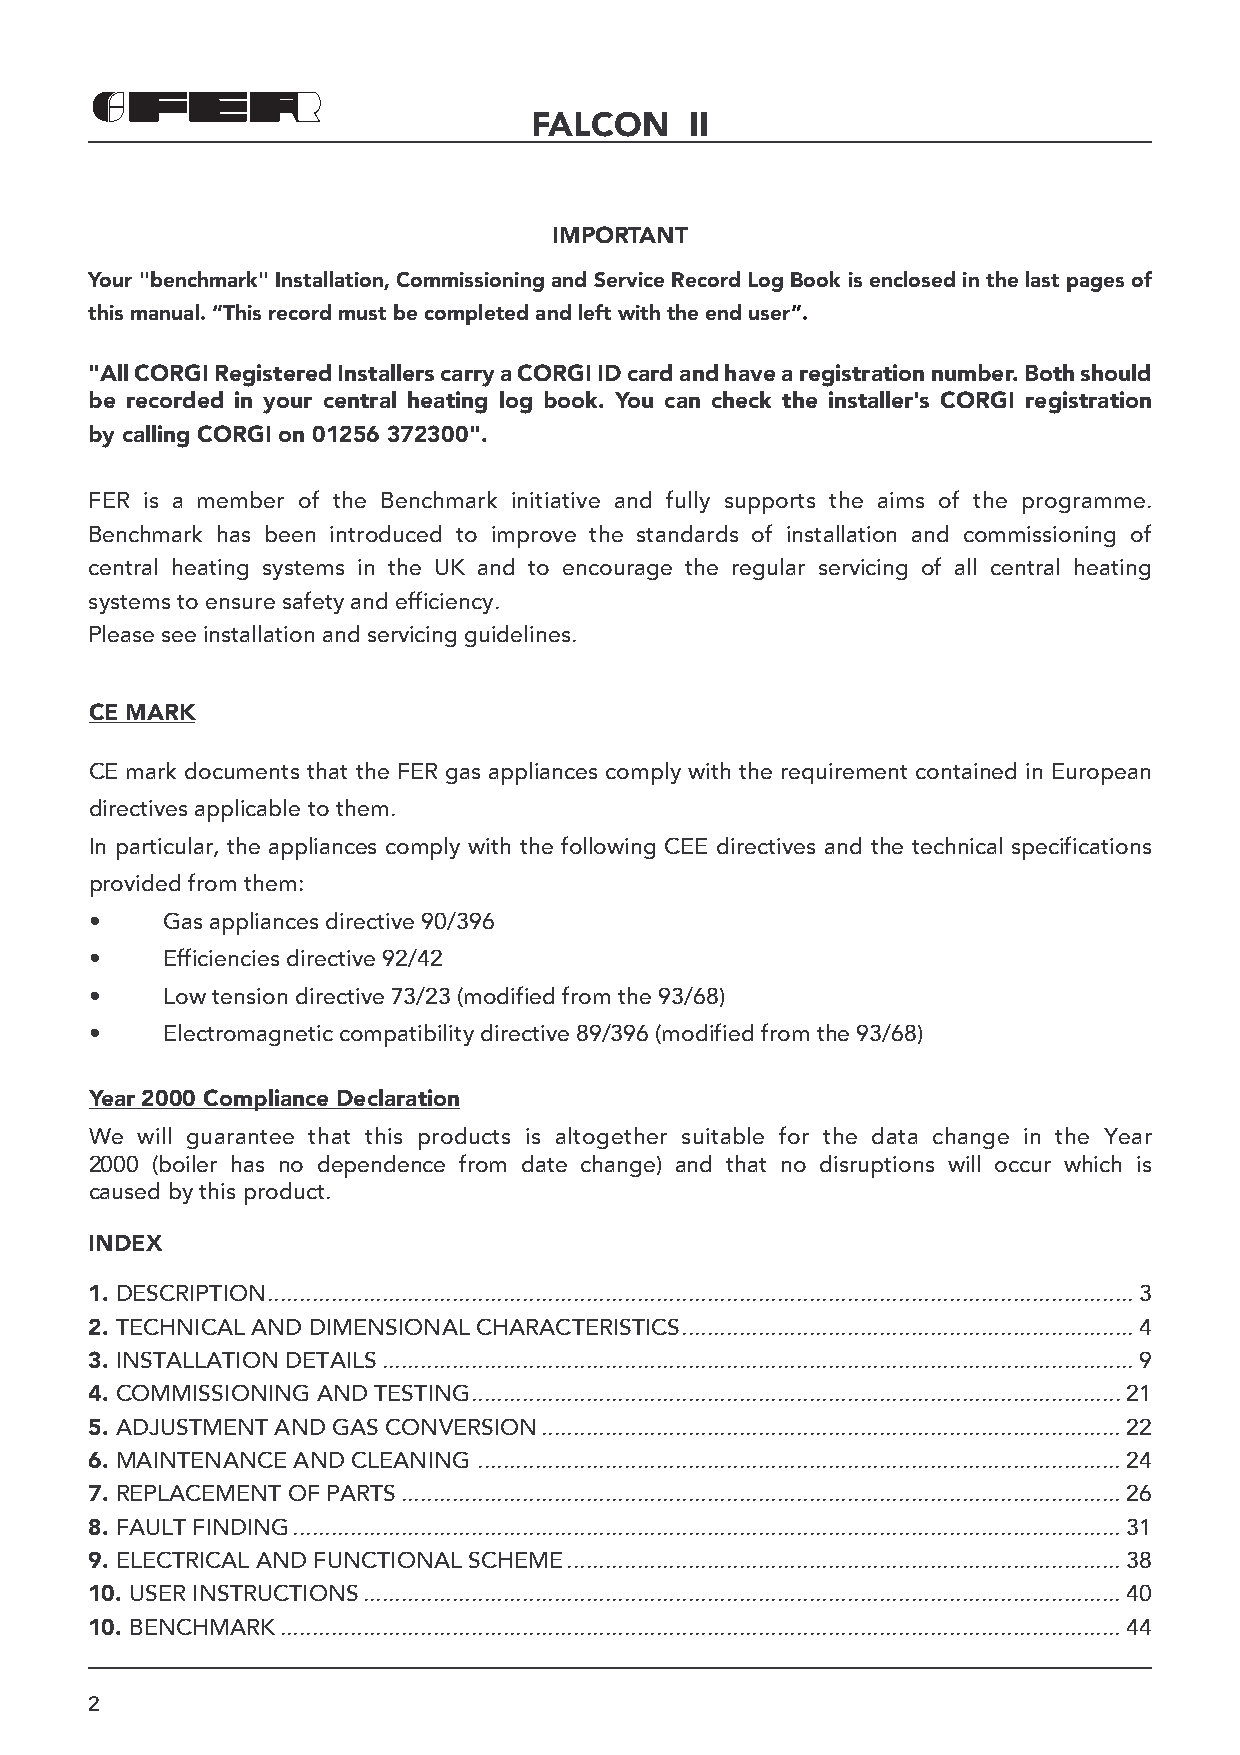
FALCON     II
 IMPORTANT
 Your "benchmark" Installation, Commissioning and Service Record Log Book is enclosed in the last pages of
 this manual. “This record must be completed and left with the end user”.
 "All CORGI Registered Installers carry a CORGI ID card and have a registration number. Both should
 be recorded in your central heating log book. You can check the installer's CORGI registration
 by calling CORGI on 01256 372300".
 FER is a member of the Benchmark initiative and fully supports the aims of the programme.
 Benchmark has been introduced to improve the standards of installation and commissioning of
 central heating systems in the UK and to encourage the regular servicing of all central heating
 systems to ensure safety and efficiency.
 Please see installation and servicing guidelines.
 CE MARK
 CE mark documents that the FER gas appliances comply with the requirement contained in European
 directives applicable to them.
 In particular, the appliances comply with the following CEE directives and the technical specifications
 provided from them:
 •    Gas appliances directive 90/396
 •    Efficiencies directive 92/42
 •    Low tension directive 73/23 (modified from the 93/68)
 •    Electromagnetic compatibility directive 89/396 (modified from the 93/68)
 Year 2000 Compliance Declaration
 We will guarantee that this products is altogether suitable for the data change in the Year
 2000 (boiler has no dependence from date change) and that no disruptions will occur which is
 caused by this product.
 INDEX
 1. DESCRIPTION........................................................................................................................................3
 2. TECHNICAL AND DIMENSIONAL CHARACTERISTICS.......................................................................4
 3. INSTALLATION DETAILS......................................................................................................................9
 4. COMMISSIONING AND TESTING......................................................................................................21
 5. ADJUSTMENT AND GAS CONVERSION...........................................................................................22
 6. MAINTENANCE AND CLEANING .....................................................................................................24
 7. REPLACEMENT OF PARTS.................................................................................................................26
 8. FAULT FINDING..................................................................................................................................31
 9. ELECTRICAL AND FUNCTIONAL SCHEME.......................................................................................38
 10. USER INSTRUCTIONS.......................................................................................................................40
 10. BENCHMARK....................................................................................................................................44
 2